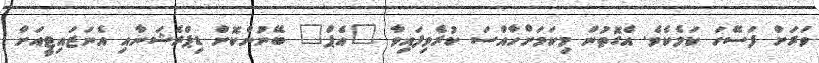
ވަރަށް ފަސޭހަ ކަމެކެވެ. އެގޮތުން މިކަމަށްހާއްސަ ކުރެވިފައިވާ "އެޕް" ބޭނުންކޮށް ޑިޕްރެޝަނާއި އެނަޒައިޓީއަށް